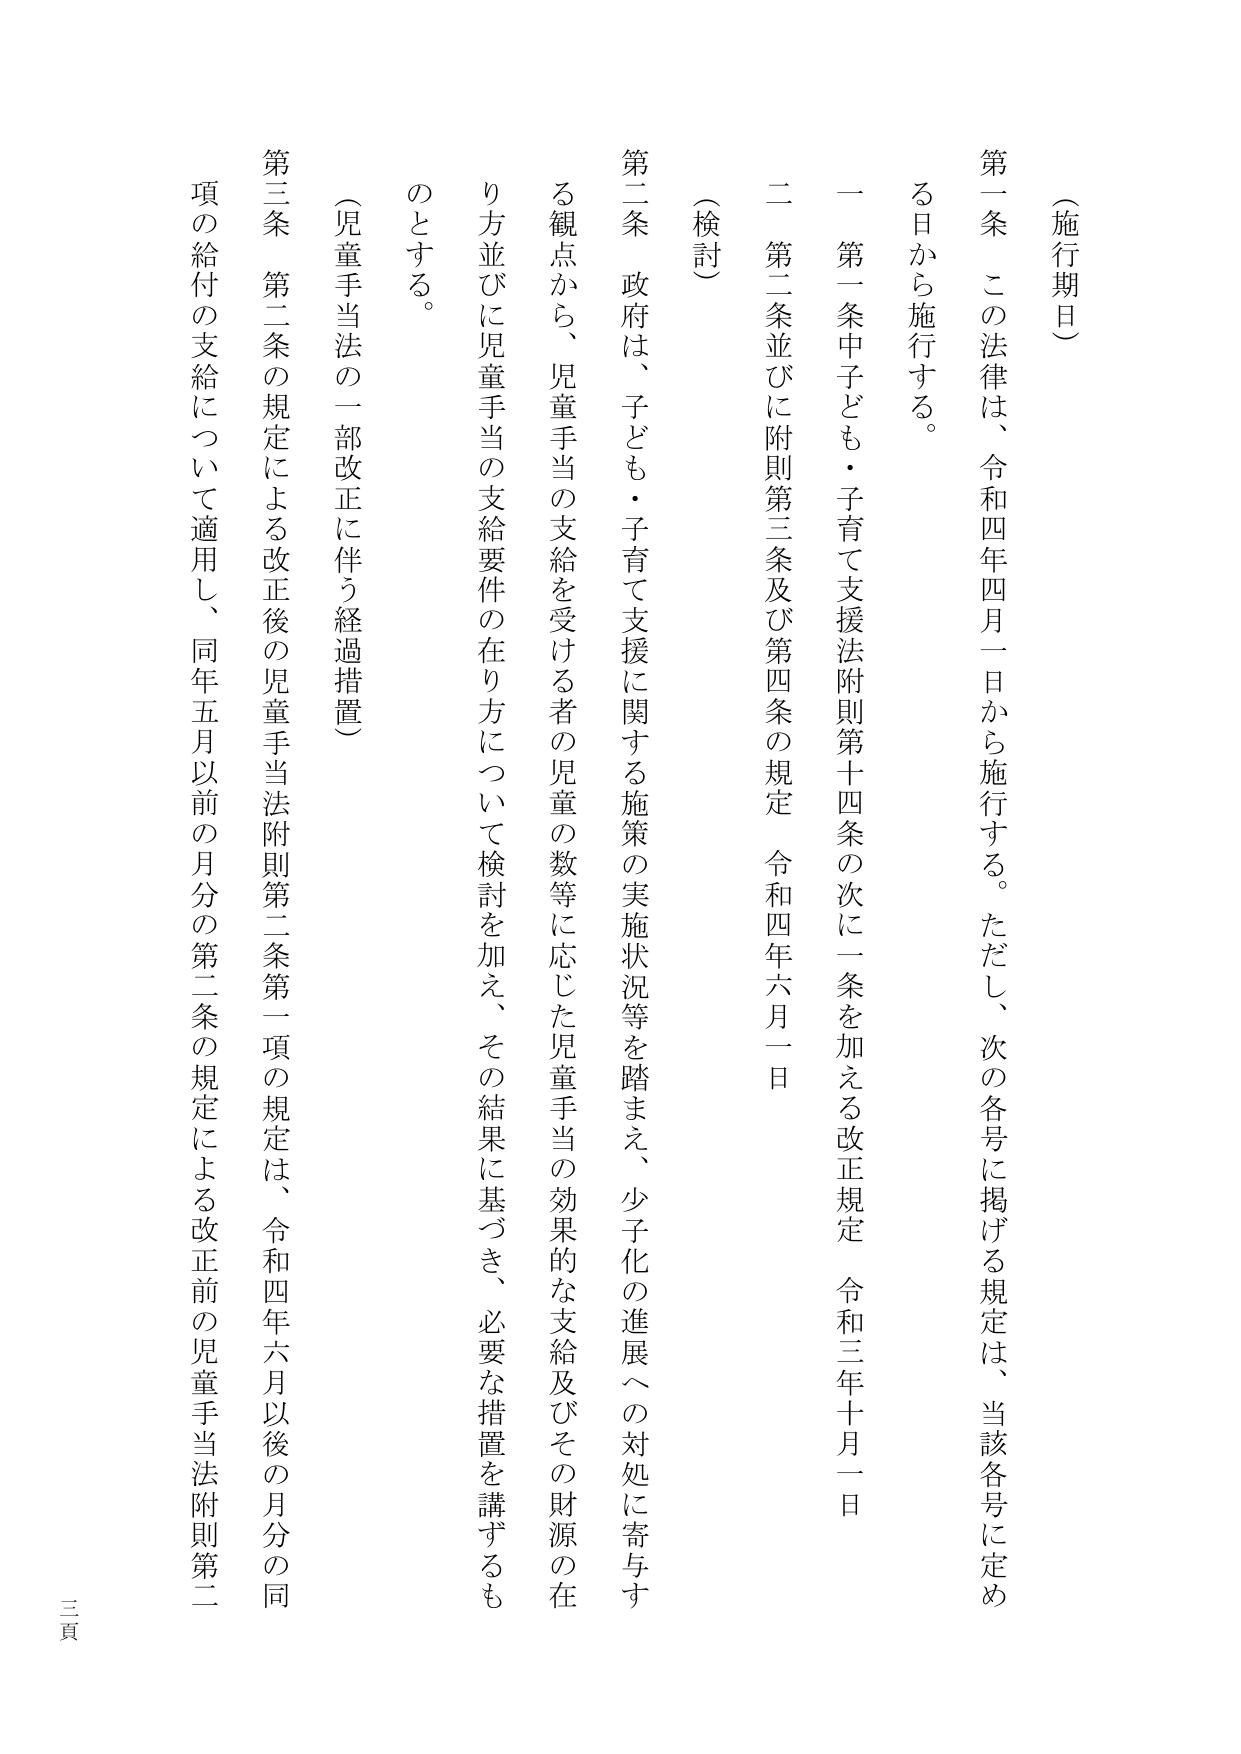
（施行期日）

第一条　この法律は、令和四年四月一日から施行する。ただし、次の各号に掲げる規定は、当該各号に定める日から施行する。

一　第一条中子ども・子育て支援法附則第十四条の次に一条を加える改正規定　令和三年十月一日

二　第二条並びに附則第三条及び第四条の規定　令和四年六月一日

（検討）

第二条　政府は、子ども・子育て支援に関する施策の実施状況等を踏まえ、少子化の進展への対処に寄与する観点から、児童手当の支給を受ける者の児童の数等に応じた児童手当の効果的な支給及びその財源の在り方並びに児童手当の支給要件の在り方について検討を加え、その結果に基づき、必要な措置を講ずるものとする。

（児童手当法の一部改正に伴う経過措置）

第三条　第二条の規定による改正後の児童手当法附則第二条第一項の規定は、令和四年六月以後の月分の同項の給付の支給について適用し、同年五月以前の月分の第二条の規定による改正前の児童手当法附則第二

三頁